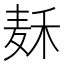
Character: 𱋌